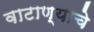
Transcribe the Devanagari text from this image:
वाटाण्याचे